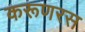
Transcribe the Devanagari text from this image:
करूणरस